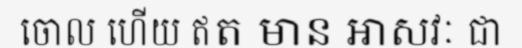
ចោល ហើយ ឥត មាន អាសវៈ ជា